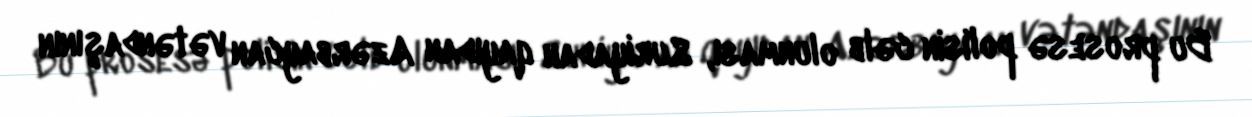
Bu prosesə polisin cəlb olunması, Suriyadan qayıdan Azərbaycan vətəndaşının